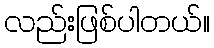
လည်းဖြစ်ပါတယ်။